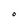
Character: O